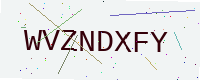
Text: WVZNDXFY